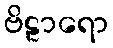
ဗိဠာရော